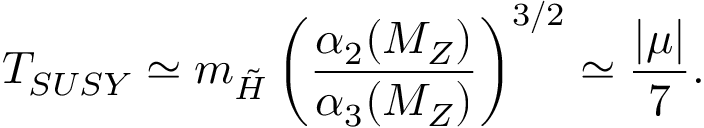
T _ { S U S Y } \simeq m _ { \tilde { H } } \left( \frac { \alpha _ { 2 } ( M _ { Z } ) } { \alpha _ { 3 } ( M _ { Z } ) } \right) ^ { 3 / 2 } \simeq \frac { | \mu | } { 7 } .